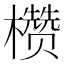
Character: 𪴙